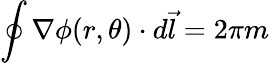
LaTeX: \oint{\nabla}\phi(r,\theta)\cdot d\vec{l}=2\pi m